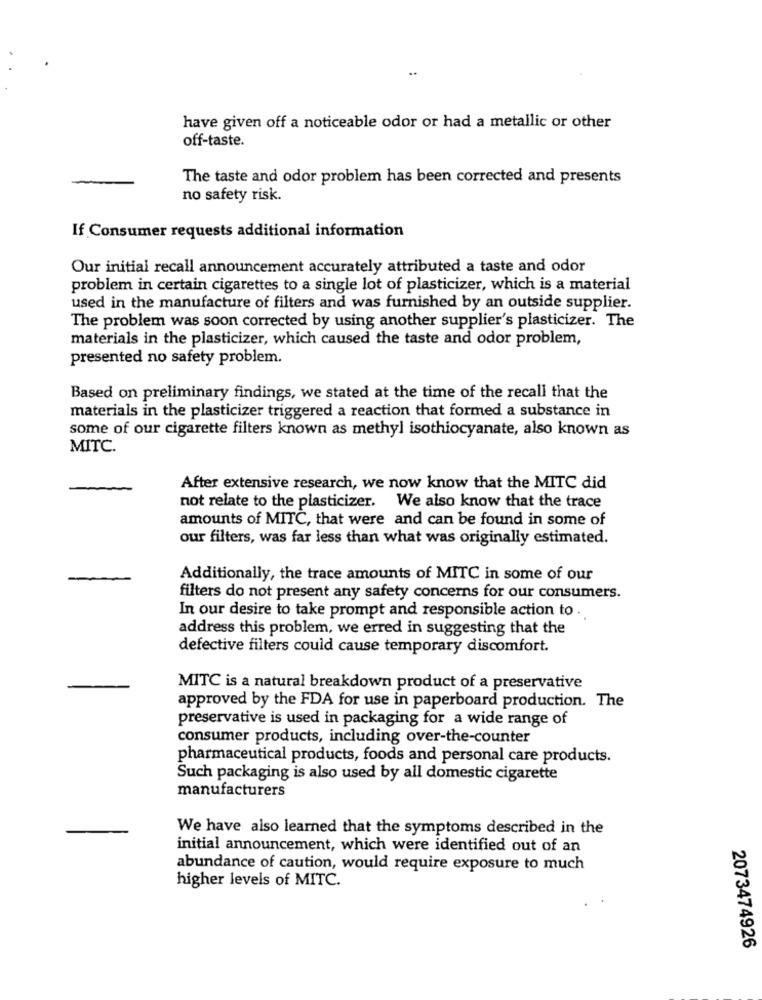
have given off a noticeable odor or had a metallic or other
off-taste.
The taste and odor problem has been corrected and presents
no safety risk.
If Consumer requests additional information
Our initial recall announcement accurately attributed a taste and odor
problem in certain cigarettes to a single lot of plasticizer, which is a material
used in the manufacture of filters and was furnished by an outside supplier.
The problem was soon corrected by using another supplier's plasticizer. The
materials in the plasticizer, which caused the taste and odor problem,
presented no safety problem.
Based on preliminary findings, we stated at the time of the recall that the
materials in the plasticizer triggered a reaction that formed a substance in
some of our cigarette filters known as methyl isothiocyanate, also known as
MITC.
After extensive research, we now know that the MITC did
not relate to the plasticizer. We also know that the trace
amounts of MITC, that were and can be found in some of
our filters, was far less than what was originally estimated.
Additionally, the trace amounts of MITC in some of our
filters do not present any safety concerns for our consumers.
In our desire to take prompt and responsible action to .
address this problem, we erred in suggesting that the
defective filters could cause temporary discomfort.
MITC is a natural breakdown product of a preservative
approved by the FDA for use in paperboard production. The
preservative is used in packaging for a wide range of
consumer products, including over-the-counter
pharmaceutical products, foods and personal care products.
Such packaging is also used by all domestic cigarette
manufacturers
We have also learned that the symptoms described in the
initial announcement, which were identified out of an
abundance of caution, would require exposure to much
higher levels of MITC.
2073474926